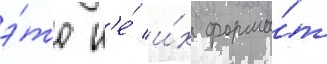
э́то н'е́ и́х форма́т